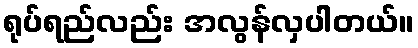
ရုပ်ရည်လည်း အလွန်လှပါတယ်။